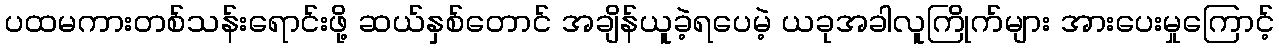
ပထမကားတစ်သန်းရောင်းဖို့ ဆယ်နှစ်တောင် အချိန်ယူခဲ့ရပေမဲ့ ယခုအခါလူကြိုက်များ အားပေးမှုကြောင့်